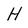
Character: H